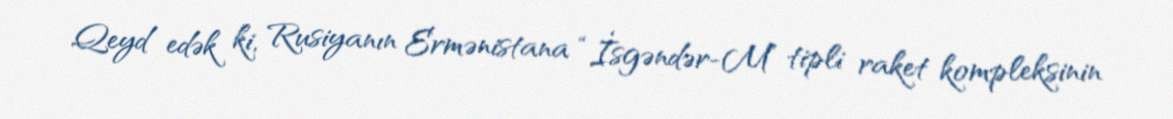
Qeyd edək ki, Rusiyanın Ermənistana “İsgəndər-M” tipli raket kompleksinin